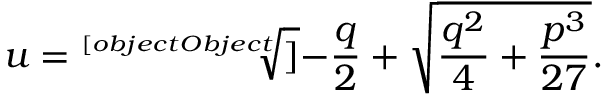
u = { \sqrt [ [object Object] ] { - { \frac { q } { 2 } } + { \sqrt { { \frac { q ^ { 2 } } { 4 } } + { \frac { p ^ { 3 } } { 2 7 } } } } } } .